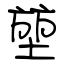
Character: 堃